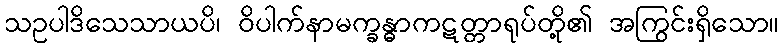
သဥပါဒိသေသာယပိ၊ ဝိပါက်နာမက္ခန္ဓာကဋတ္တာရုပ်တို့၏ အကြွင်းရှိသော။